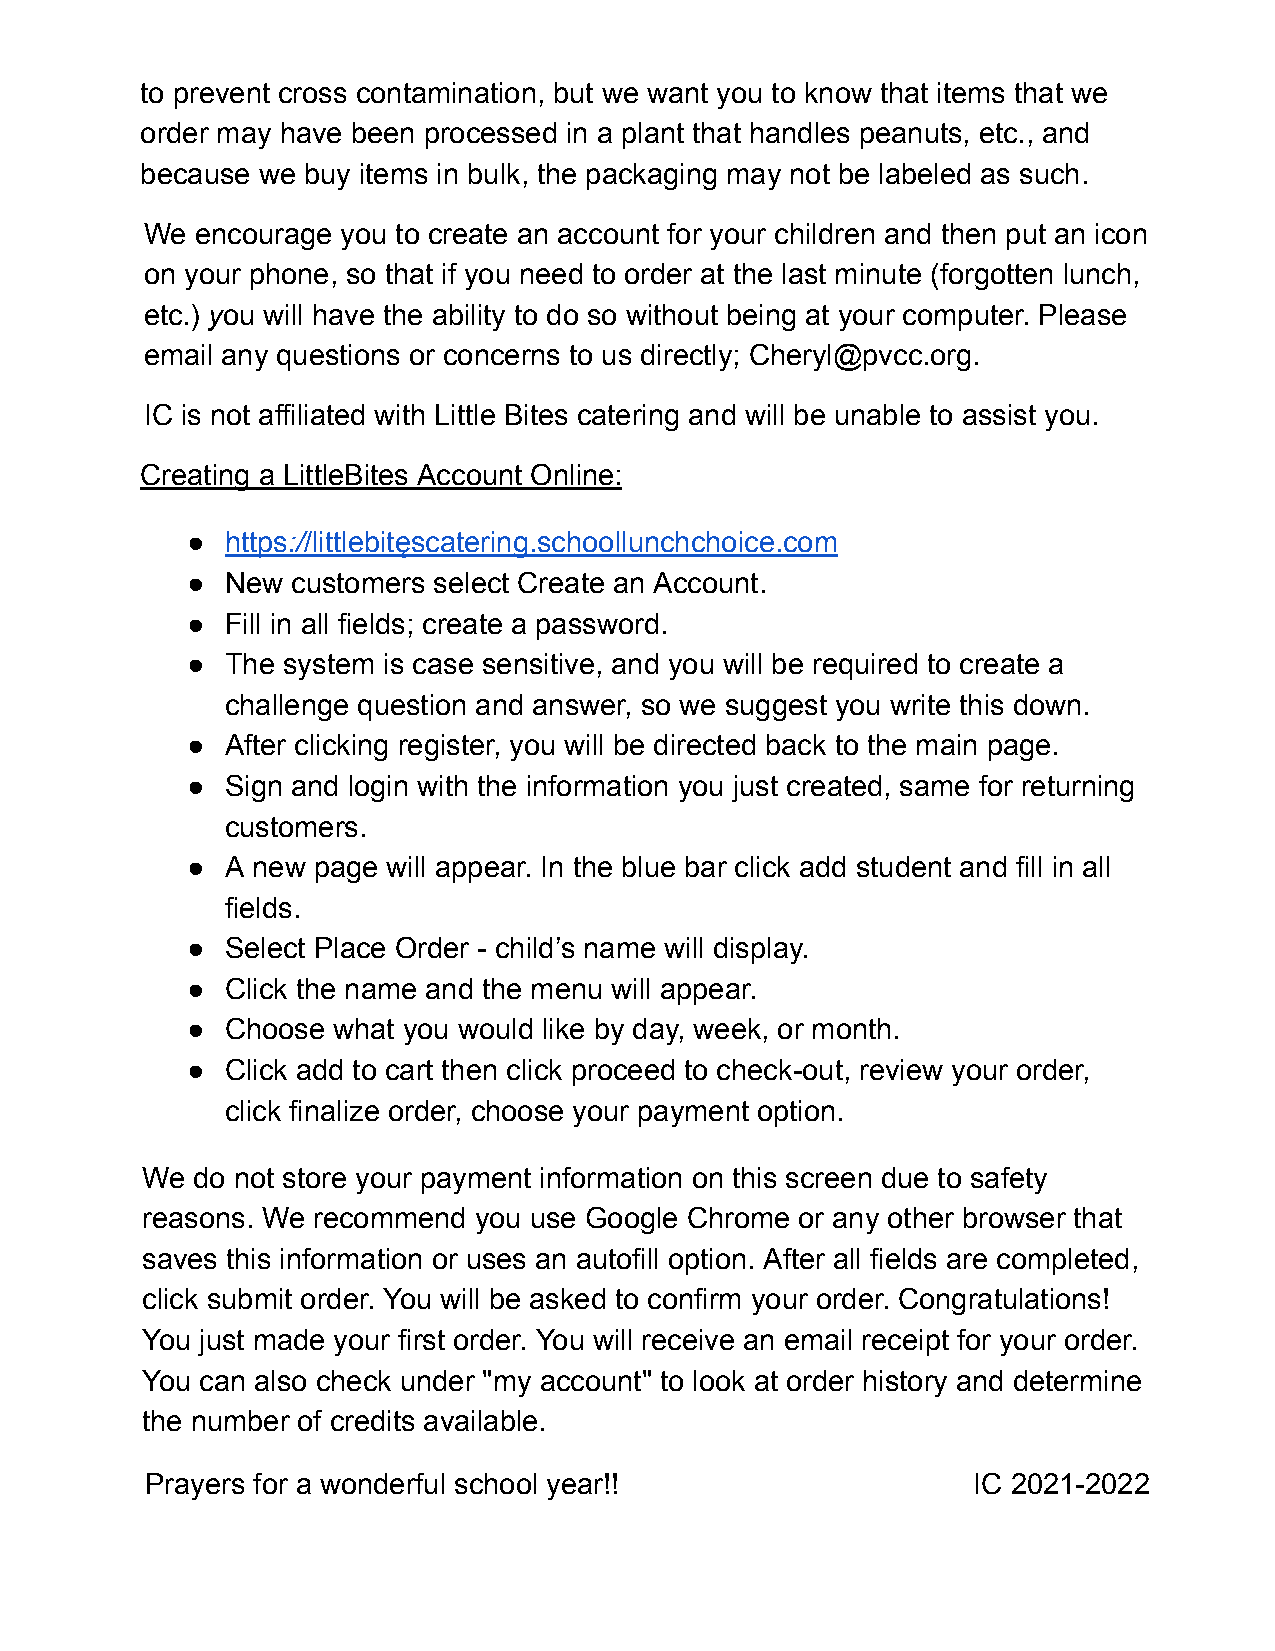
to prevent cross contamination, but we want you to know that items that we
 order may have been processed in a plant that handles peanuts, etc., and
 because we buy items in bulk, the packaging may not be labeled as such.
 We encourage you to create an account for your children and then put an icon
 on your phone, so that if you need to order at the last minute (forgotten lunch,
 etc.) y ou will have the ability to do so without being at your computer. Please
 email any questions or concerns to us directly; Cheryl@pvcc.org.
 IC is not affiliated with Little Bites catering and will be unable to assist you.
 Creating a LittleBites Account Online:
 ●  https :/ /littlebitęscatering.schoollunchchoice.com
 ●  New customers select Create an Account.
 ●  Fill in all fields; create a password.
 ●  The system is case sensitive, and you will be required to create a
 challenge question and answer, so we suggest you write this down.
 ●  After clicking register, you will be directed back to the main page.
 ●  Sign and login with the information you just created, same for returning
 customers.
 ●  A new page will appear. In the blue bar click add student and fill in all
 fields.
 ●  Select Place Order - child’s name will display.
 ●  Click the name and the menu will appear.
 ●  Choose what you would like by day, week, or month.
 ●  Click add to cart then click proceed to check-out, review your order,
 click finalize order, choose your payment option.
 We  do not store your payment information on this screen due to safety
 reasons. We recommend you use Google Chrome or any other browser that
 saves this information or uses an autofill option. After all fields are completed,
 click submit order. You will be asked to confirm your order. Congratulations!
 You just made your first order. You will receive an email receipt for your order.
 You can also check under "my account" to look at order history and determine
 the number of credits available.
 Prayers for a wonderful school year!!                 IC 2021-2022